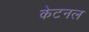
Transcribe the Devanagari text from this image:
केटनल